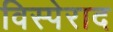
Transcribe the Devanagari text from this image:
विस्पेराद